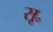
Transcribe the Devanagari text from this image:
सू॰